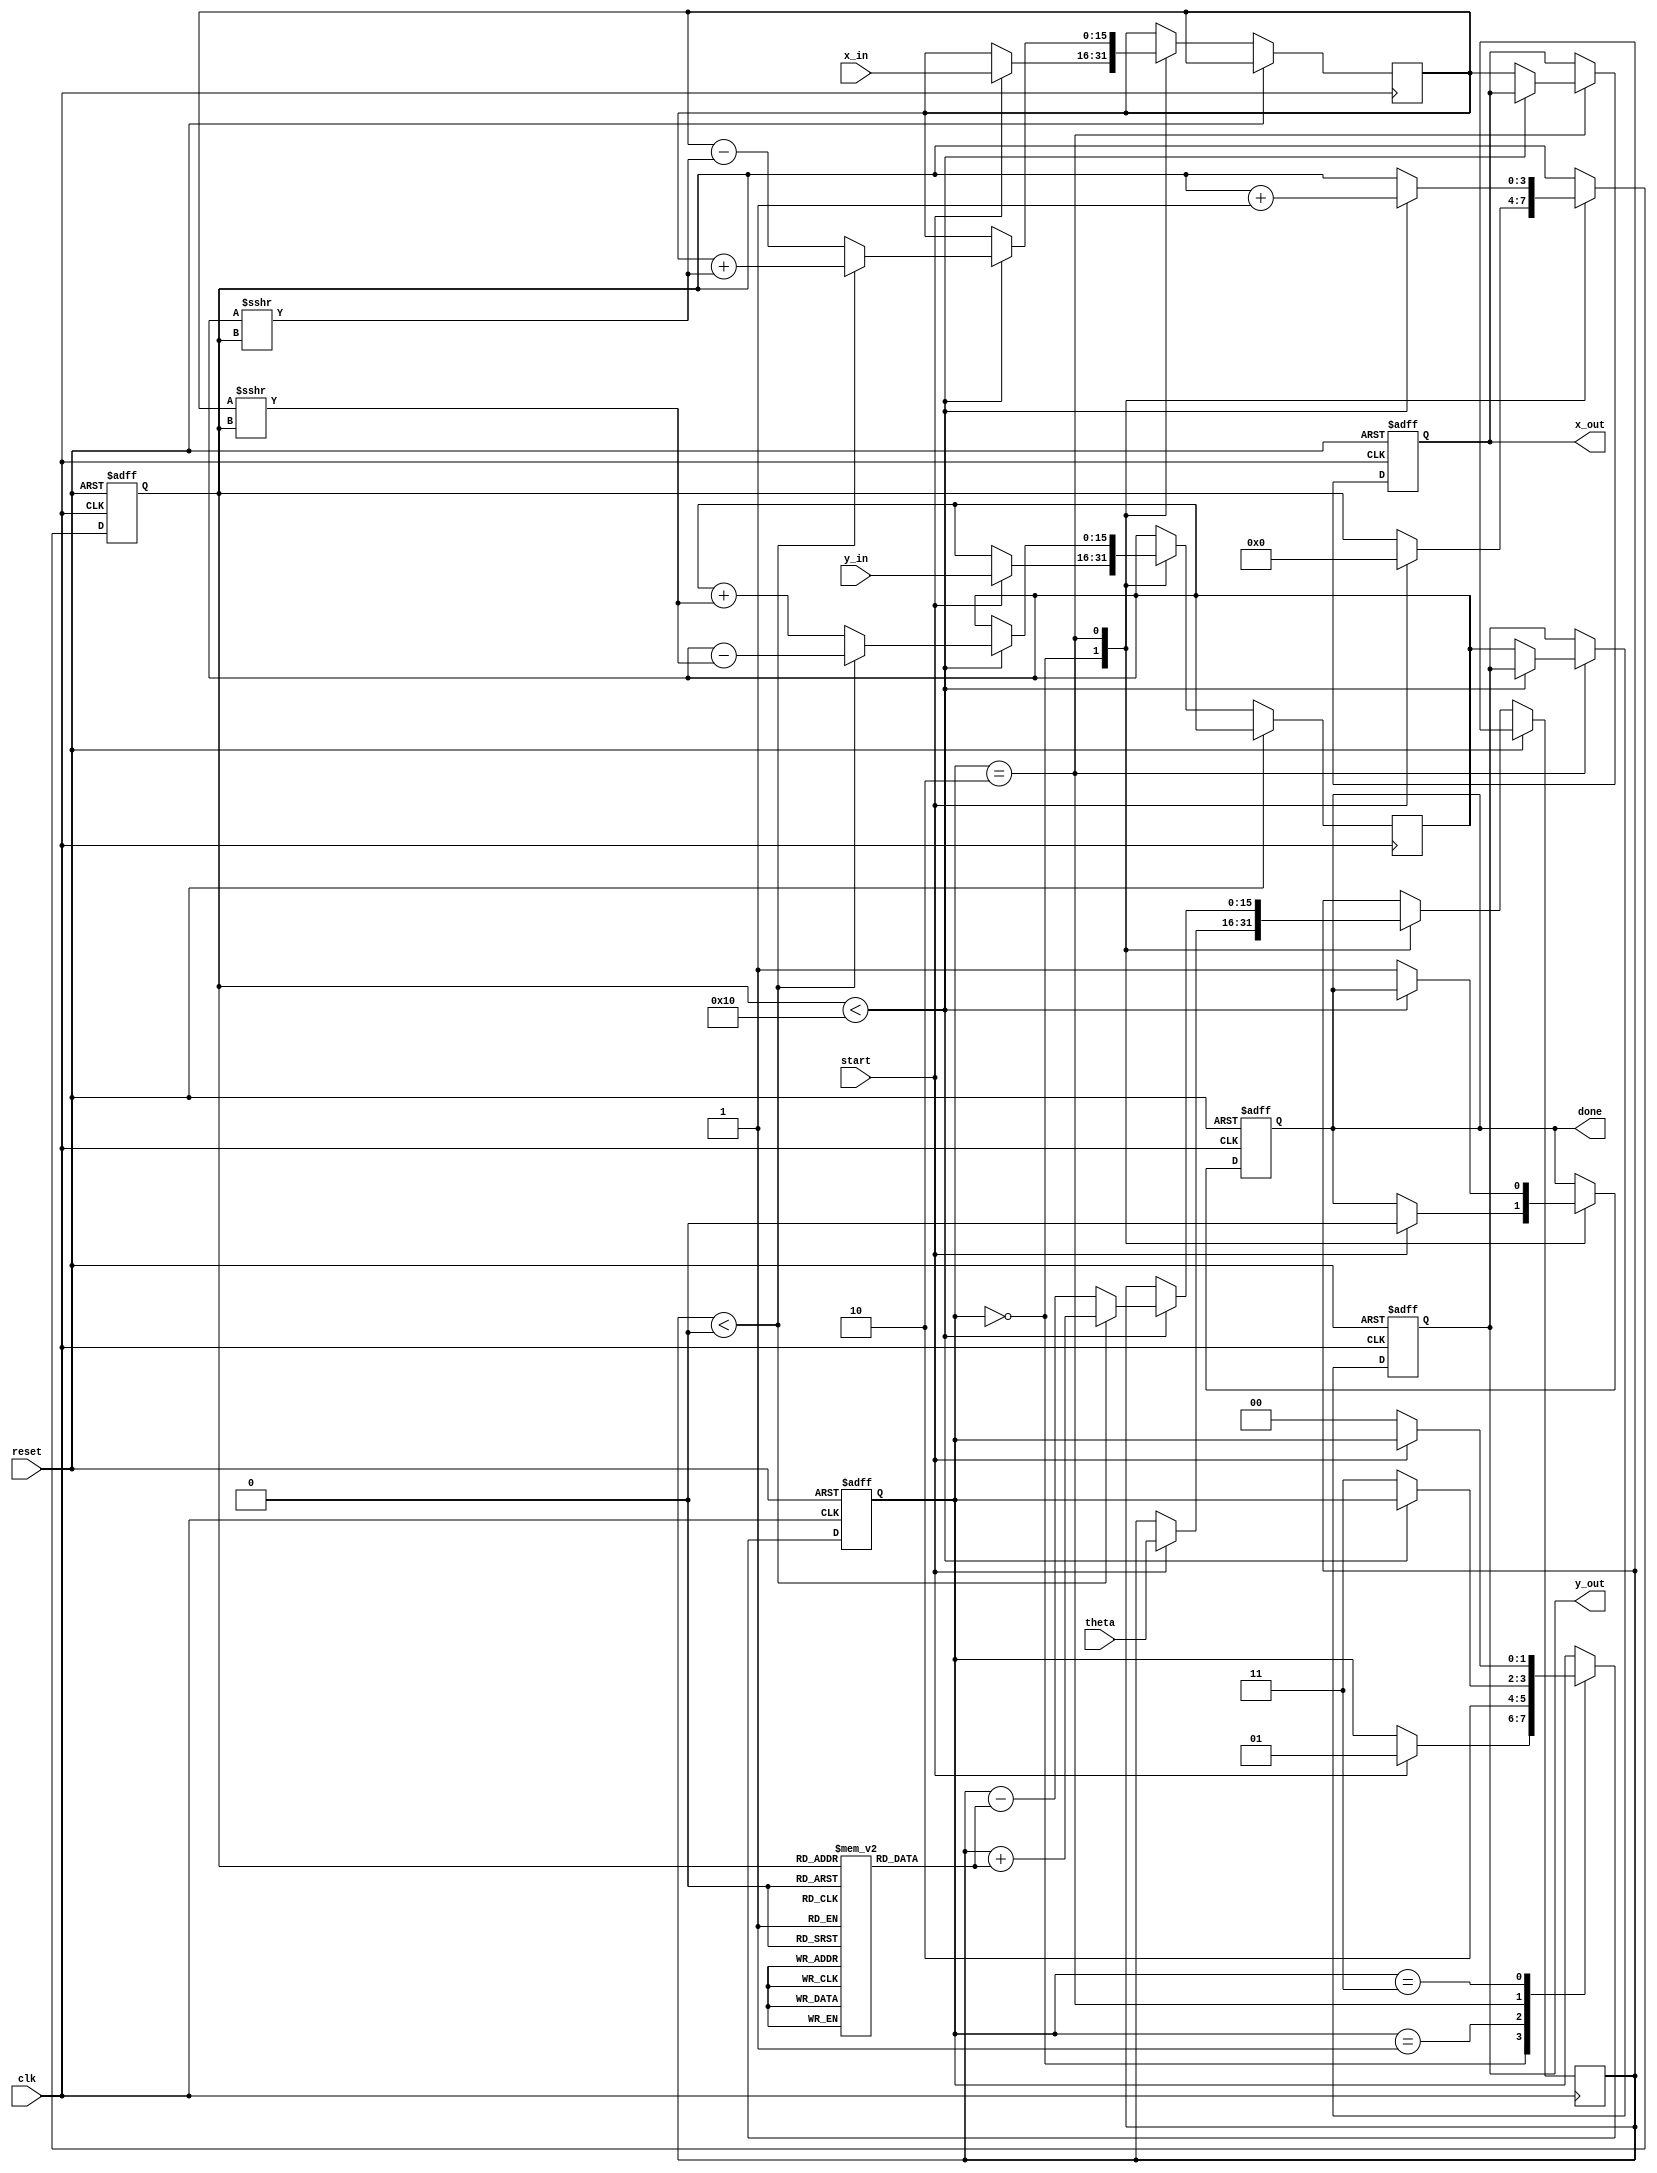
module cordic_rotational #(
    parameter N = 16,              // Number of iterations
    parameter DATA_WIDTH = 16,     // Bit-width for x, y, and theta
    parameter ANGLE_WIDTH = 16      // Bit-width for angle (in radians)
)(
    input wire clk,
    input wire reset,
    input wire start,
    input wire signed [ANGLE_WIDTH-1:0] theta, // Input angle in fixed-point
    input wire signed [DATA_WIDTH-1:0] x_in,   // Initial x vector
    input wire signed [DATA_WIDTH-1:0] y_in,   // Initial y vector
    output reg signed [DATA_WIDTH-1:0] x_out,   // Output x (cos(theta))
    output reg signed [DATA_WIDTH-1:0] y_out,   // Output y (sin(theta))
    output reg done
);

    reg signed [ANGLE_WIDTH-1:0] theta_reg;
    reg signed [DATA_WIDTH-1:0] x_reg, y_reg;
    reg [3:0] count; // Counter for iterations
    reg [1:0] state; // FSM state
    localparam IDLE = 2'b00, INIT = 2'b01, CORDIC = 2'b10, DONE = 2'b11;

    // Pre-computed atan values for rotation
    reg signed [ANGLE_WIDTH-1:0] atan_table [0:N-1];
    initial begin
        // Populate atan_table with pre-computed values (in fixed-point)
        atan_table[0] = 16'h1C71; // atan(2^0) in fixed-point
        atan_table[1] = 16'h0FBE; // atan(2^-1)
        atan_table[2] = 16'h07F3; // atan(2^-2)
        atan_table[3] = 16'h03FE; // atan(2^-3)
        // Add more values as needed for N iterations
        // ...
    end

    // FSM for controlling CORDIC operation
    always @(posedge clk or posedge reset) begin
        if (reset) begin
            state <= IDLE;
            count <= 0;
            done <= 0;
            x_out <= 0;
            y_out <= 0;
        end else begin
            case (state)
                IDLE: begin
                    if (start) begin
                        theta_reg <= theta;
                        x_reg <= x_in;
                        y_reg <= y_in;
                        count <= 0;
                        state <= INIT;
                        done <= 0;
                    end
                end
                INIT: begin
                    // Prepare for CORDIC iterations
                    state <= CORDIC;
                end
                CORDIC: begin
                    if (count < N) begin
                        // Determine the direction of rotation
                        if (theta_reg < 0) begin
                            // Rotate clockwise
                            x_reg <= x_reg + (y_reg >>> count);
                            y_reg <= y_reg - (x_reg >>> count);
                            theta_reg <= theta_reg + atan_table[count];
                        end else begin
                            // Rotate counter-clockwise
                            x_reg <= x_reg - (y_reg >>> count);
                            y_reg <= y_reg + (x_reg >>> count);
                            theta_reg <= theta_reg - atan_table[count];
                        end
                        count <= count + 1;
                    end else begin
                        // Finished all iterations
                        x_out <= x_reg;
                        y_out <= y_reg;
                        done <= 1;
                        state <= DONE;
                    end
                end
                DONE: begin
                    if (!start) begin
                        state <= IDLE; // Reset state on next start
                    end
                end
            endcase
        end
    end

endmodule